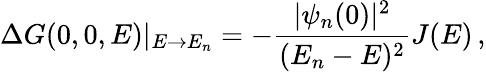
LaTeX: \Delta G(0,0,E)|_{E\rightarrow E_{n}}=-{\frac{|\psi_{n}(0)|^{2}}{(E_{n}-E)^{2}}}J(E)\, ,